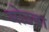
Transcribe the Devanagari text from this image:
गोउबा